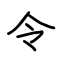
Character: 令